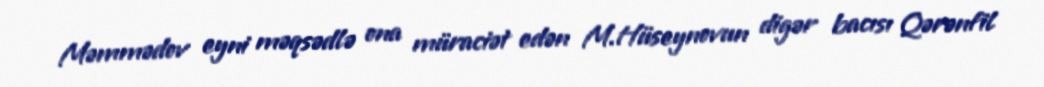
Məmmədov eyni məqsədlə ona müraciət edən M.Hüseynovun digər bacısı Qərənfil